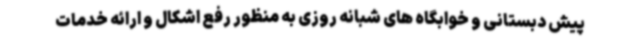
پیش دبستانی و خوابگاه های شبانه روزی به منظور رفع اشکال و ارائه خدمات